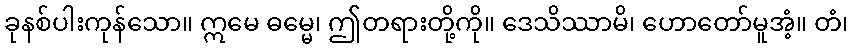
ခုနစ်ပါးကုန်သော။ ဣမေ ဓမ္မေ၊ ဤတရားတို့ကို။ ဒေသိဿာမိ၊ ဟောတော်မူအံ့။ တံ၊